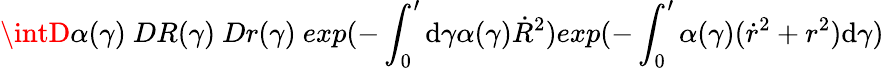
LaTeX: \intD\alpha(\gamma)~DR(\gamma)~Dr(\gamma)~exp(-\int_{0}^{\prime}\mathrm{d}\gamma\alpha(\gamma)\dot{{R}}^{2})exp(-\int_{0}^{\prime}\alpha(\gamma)(\dot{{r}}^{2}+r^{2})\mathrm{d}\gamma)